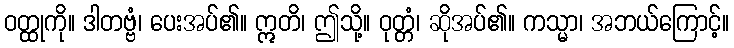
ဝတ္ထုကို။ ဒါတဗ္ဗံ၊ ပေးအပ်၏။ ဣတိ၊ ဤသို့။ ဝုတ္တံ၊ ဆိုအပ်၏။ ကသ္မာ၊ အဘယ်ကြောင့်။